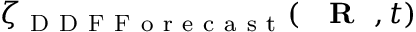
{ \zeta } _ { \mathrm { ~ D ~ D ~ F ~ F ~ o ~ r ~ e ~ c ~ a ~ s ~ t ~ } } ( \mathrm { ~ { ~ \bf ~ R ~ } ~ } , t )